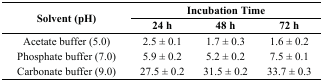
<table><thead><tr><td rowspan="2"><b>Solvent (pH)</b></td><td colspan="3"><b>Incubation Time</b></td></tr><tr><td><b>24 h</b></td><td><b>48 h</b></td><td><b>72 h</b></td></tr></thead><tbody><tr><td>Acetate buffer (5.0)</td><td>2.5 ± 0.1</td><td>1.7 ± 0.3</td><td>1.6 ± 0.2</td></tr><tr><td>Phosphate buffer (7.0)</td><td>5.9 ± 0.2</td><td>5.2 ± 0.2</td><td>7.5 ± 0.1</td></tr><tr><td>Carbonate buffer (9.0)</td><td>27.5 ± 0.2</td><td>31.5 ± 0.2 </td><td>33.7 ± 0.3</td></tr></tbody></table>